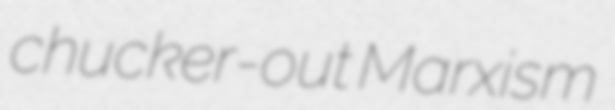
chucker-out Marxism